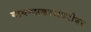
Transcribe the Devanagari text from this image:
गायनप्रकारांबरोबर